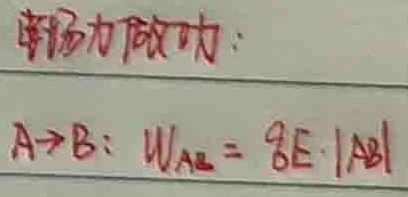
电场力做功：
$A \to B:\  W_{AB} = qE\cdot|AB|$